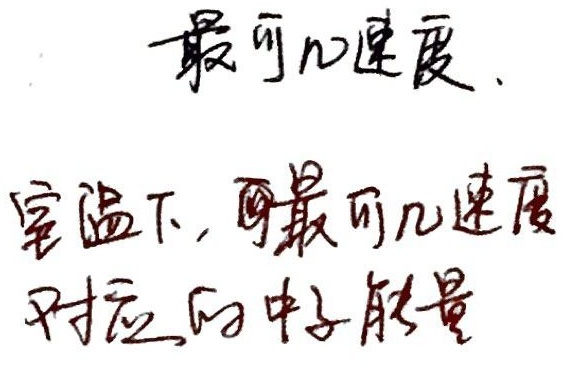
最可几速度.
室温下，可最可几速度
对应的中子能量